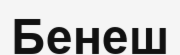
Бенеш